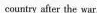
country after the war.